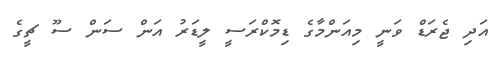
އަދި ޖެރަޑް ވަނީ މިއަންމާގެ ޑިމޮކްރަސީ ލީޑަރު އަން ސަން ސޫ ޗީގެ